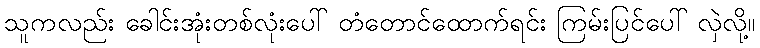
သူကလည်း ခေါင်းအုံးတစ်လုံးပေါ် တံတောင်ထောက်ရင်း ကြမ်းပြင်ပေါ် လှဲလို့။